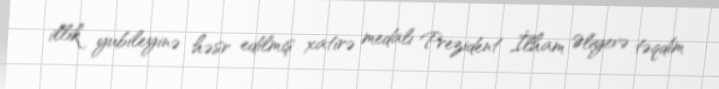
illik yubileyinə həsr edilmiş xatirə medalı Prezident İlham Əliyevə təqdim